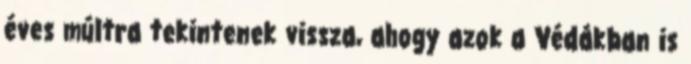
éves múltra tekintenek vissza, ahogy azok a Védákban is